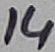
Text: 14